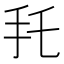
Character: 𢩷